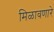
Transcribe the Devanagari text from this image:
मिळावणारे